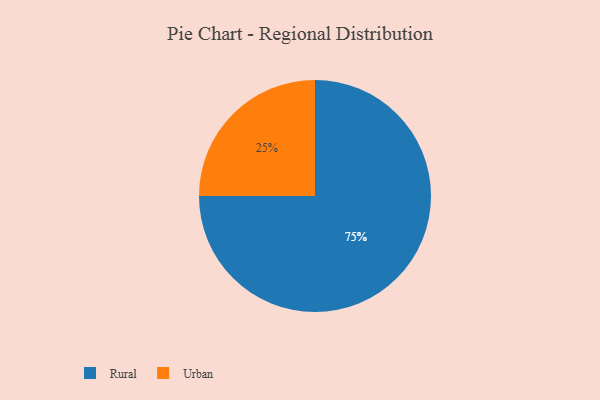
{"axis": {"x": "Category", "y": "Percentage"}, "legend": ["Rural", "Urban"], "data": [{"x": "Rural", "y": 75, "type": "Rural"}, {"x": "Urban", "y": 25, "type": "Urban"}]}